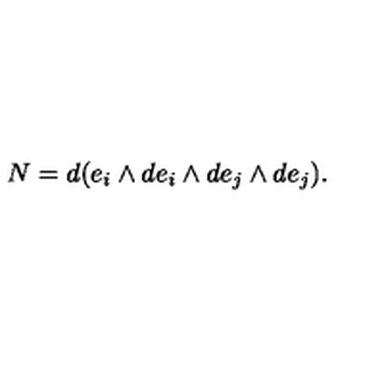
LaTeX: N = d ( e _ { i } \wedge d e _ { i } \wedge d e _ { j } \wedge d e _ { j } ) .